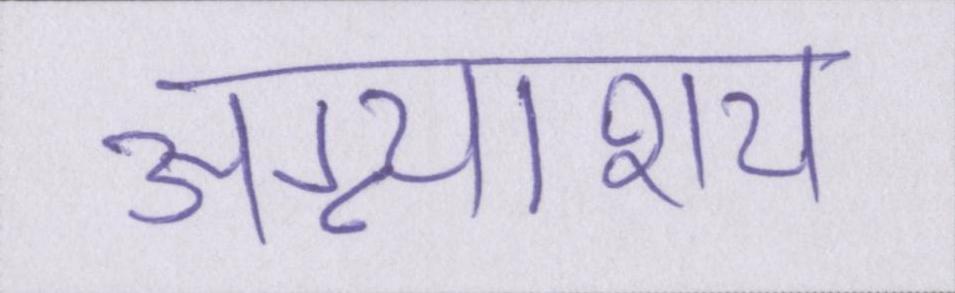
अग्न्याशय